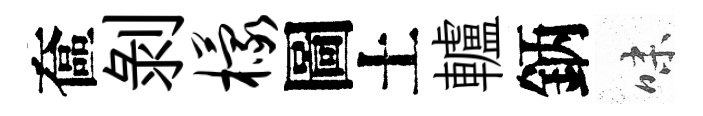
奩剥檬圖土轤鈵味